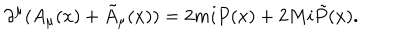
LaTeX: \partial ^ { \mu } ( A _ { \mu } ( x ) + \tilde { A } _ { \mu } ( x ) ) = 2 m i P ( x ) + 2 M i \tilde { P } ( x ) .